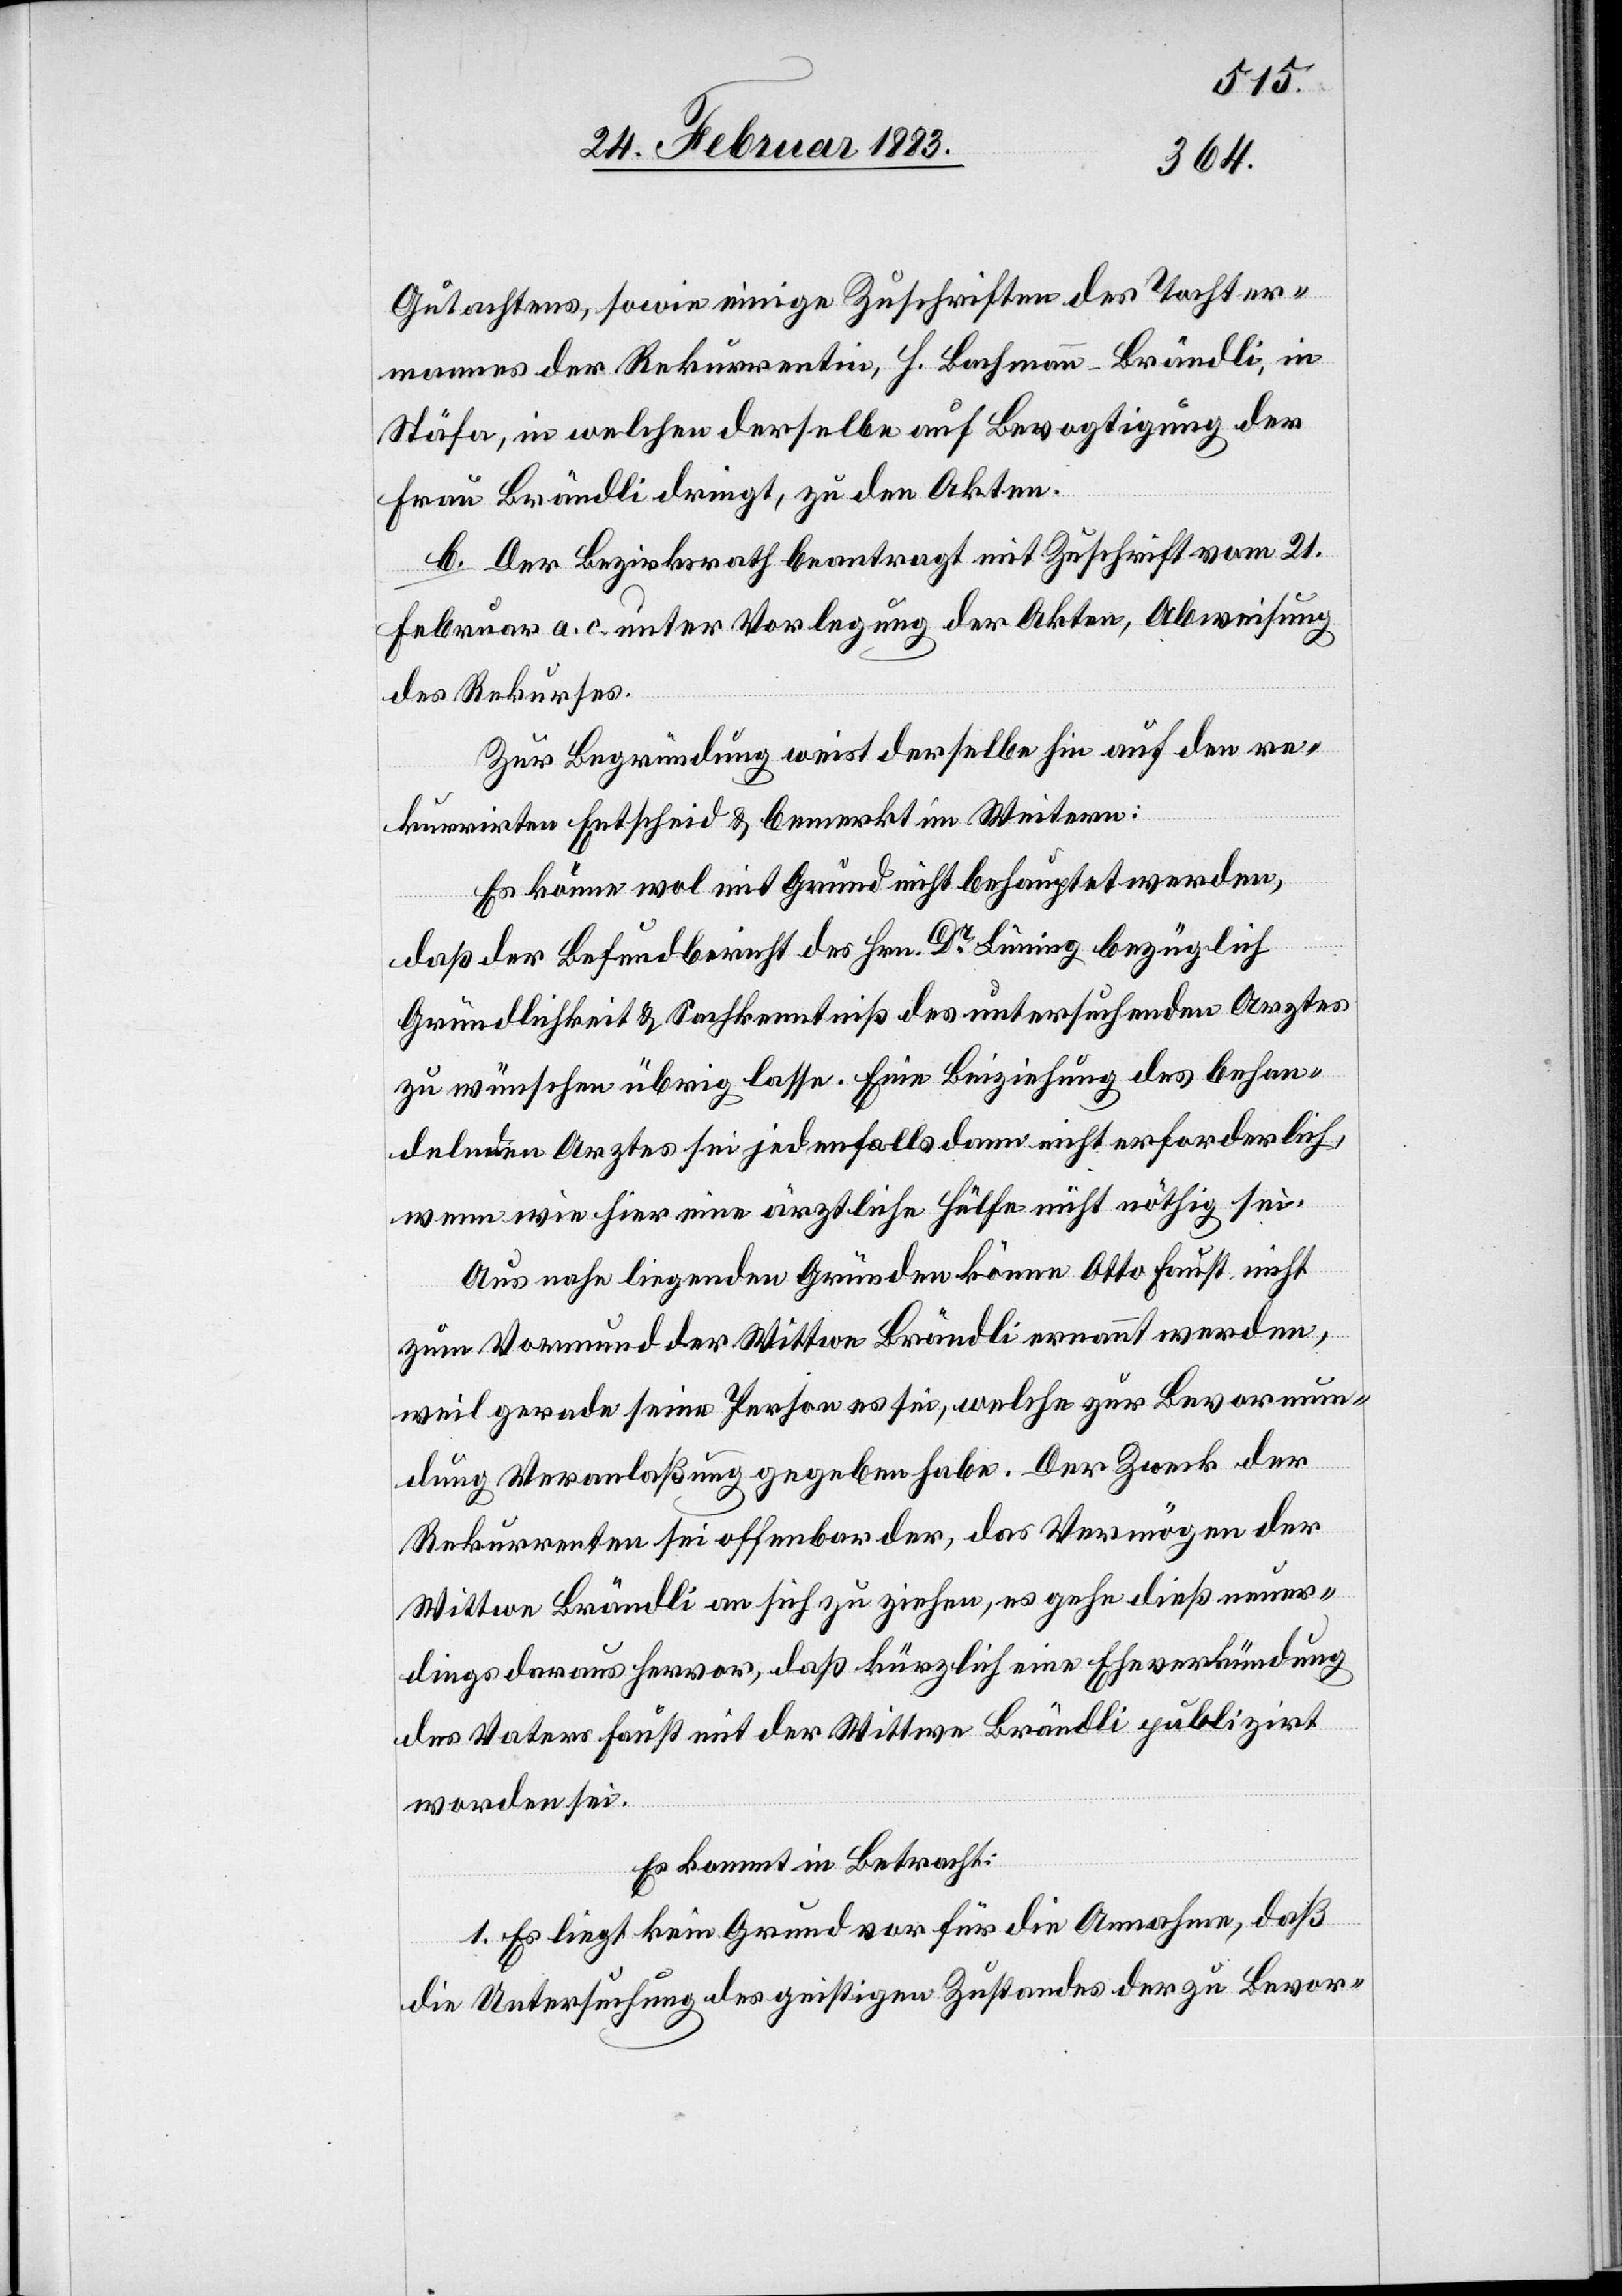
Gutachtens, sowie einige Zuschriften des Tochter¬
mannes der Rekurrentin, H. Bachmann-Brändli, in
Stäfa, in welchen derselbe auf Bevogtigung der
Frau Brändli dringt, zu den Akten.
b. Der Bezirksrath beantragt mit Zuschrift vom 21.
Februar a. c. unter Vorlegung der Akten, Abweisung
des Rekurses.
Zur Begründung weist derselbe hin auf den re¬
kurrirten Entscheid & bemerkt im Weitern:
Es könne wol mit Grund nicht behauptet werden,
daß der Befundbericht des Hrn. Dr Lüning bezüglich
Gründlichkeit & Sachkenntniß des untersuchenden Arztes
zu wünschen übrig lasse. Eine Beiziehung des behan¬
delnden Arztes sei jedenfalls dann nicht erforderlich,
wenn wie hier eine ärztliche Hülfe nicht nöthig sei.
Aus nahe liegenden Gründen könne Otto Faust nicht
zum Vormund der Wittwe Brändli ernannt werden,
weil gerade seine Person es sei, welche zur Bevormun¬
dung Veranlaßung gegeben habe. Der Zweck der
Rekurrenten sei offenbar der, das Vermögen der
Wittwe Brändli an sich zu ziehen, es gehe dieß neuer¬
dings daraus hervor, daß kürzlich eine Eheverkündung
des Vaters Faust mit der Wittwe Brändli publizirt
worden sei.
Es kommt in Betracht;
1. Es liegt kein Grund vor für die Annahme, daß
die Untersuchung des geistigen Zustandes der zu Bevor-